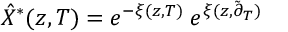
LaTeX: \hat { X } ^ { \ast } ( z , T ) = e ^ { - \xi ( z , T ) } \; e ^ { \xi ( z , \tilde { \partial } _ { T } ) }